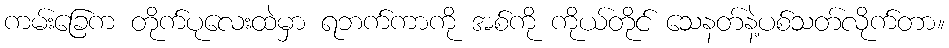
ကမ်းခြေက တိုက်ပုလေးထဲမှာ ရဘက်ကာကို အစ်ကို ကိုယ်တိုင် သေနတ်နဲ့ပစ်သတ်လိုက်တာ။